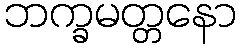
ဘက္ခမတ္တနော